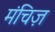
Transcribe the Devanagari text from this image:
मंचिज़